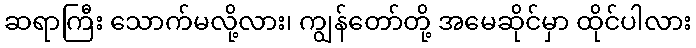
ဆရာကြီး သောက်မလို့လား၊ ကျွန်တော်တို့ အမေဆိုင်မှာ ထိုင်ပါလား